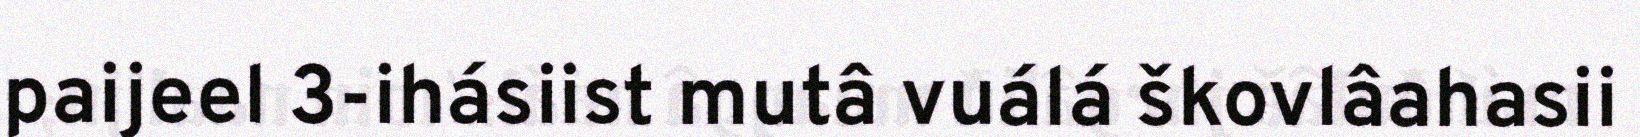
paijeel 3-ihásiist mutâ vuálá škovlâahasii